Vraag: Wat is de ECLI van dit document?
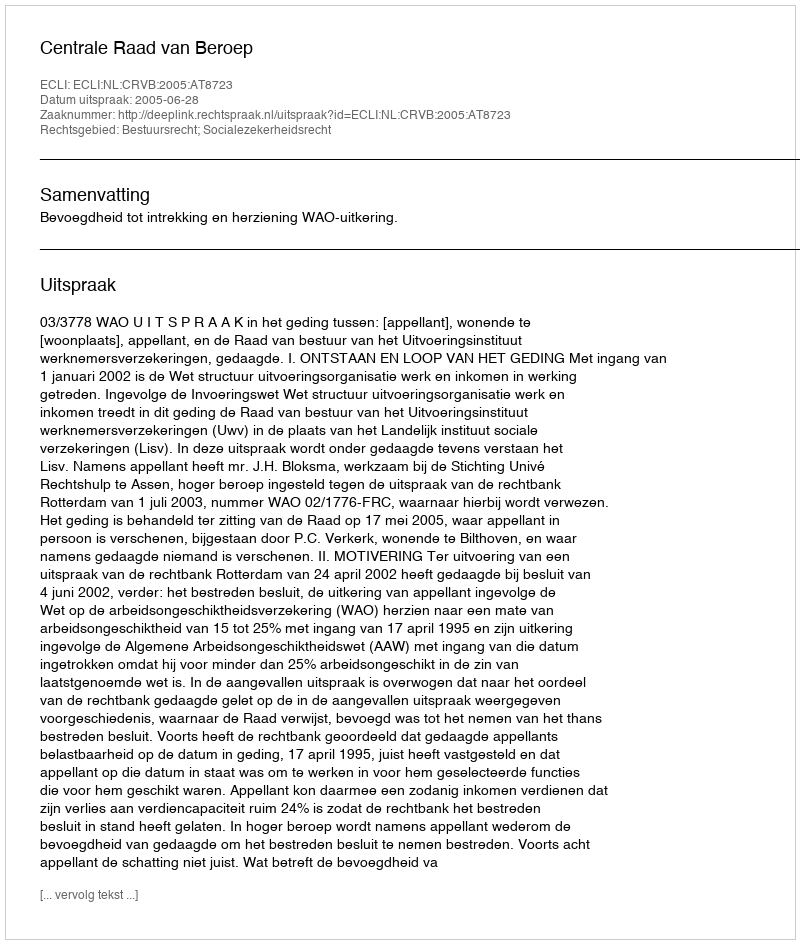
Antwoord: ECLI:NL:CRVB:2005:AT8723